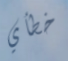
خطأي